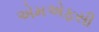
એમએફસી